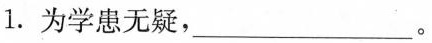
1.为学患无疑，___。